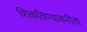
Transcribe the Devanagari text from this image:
शिकविण्याकरीता